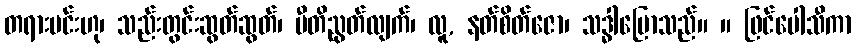
တရားမင်းဟု၊ သည်းတွင်းဆွတ်ဆွတ်၊ ပီတိညွတ်လျက်၊ လူ, နတ်စိတ်ဇော၊ သဒ္ဓါပြောသည်။ ။ ဖြင်ပေါသီကာ